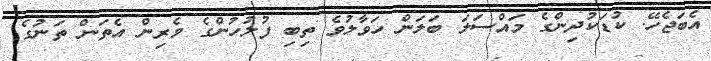
އެބަޖެހޭ. ކުޑަކުދިންގެ މައްސަލަ ބަލަން ހަވާލުވެ ތިބި ފުލުހުންގެ ވެރިން އެތަން ތަނުގެ